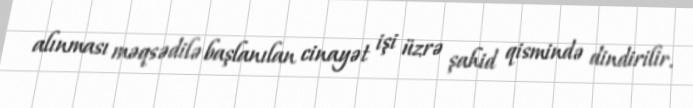
alınması məqsədilə başlanılan cinayət işi üzrə şahid qismində dindirilir.